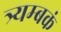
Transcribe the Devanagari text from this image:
त्र्यम्‍बकं